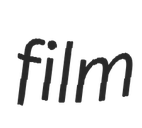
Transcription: film